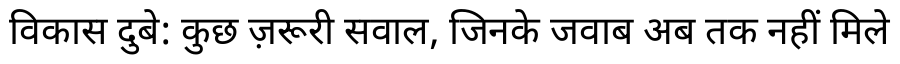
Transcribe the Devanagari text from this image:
विकास दुबे: कुछ ज़रूरी सवाल, जिनके जवाब अब तक नहीं मिले